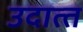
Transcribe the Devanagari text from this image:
उदात्‍त